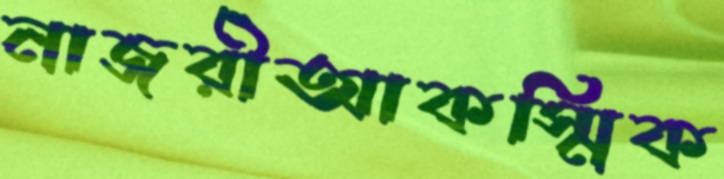
নাজরীআকস্মিক